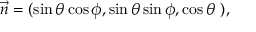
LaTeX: { \vec { n } } = ( \sin \theta \cos \phi , \sin \theta \sin \phi , \cos \theta ~ ) ,